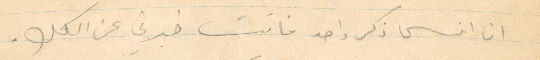
ان انسى ذكر واحد فانت خبرني عن الكل